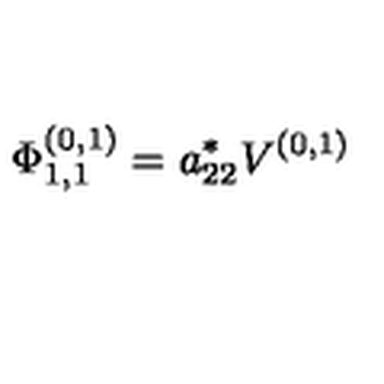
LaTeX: \Phi _ { 1 , 1 } ^ { ( 0 , 1 ) } = a _ { 2 2 } ^ { * } V ^ { ( 0 , 1 ) }